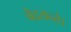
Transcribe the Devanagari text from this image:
वेदयन्ते।